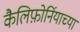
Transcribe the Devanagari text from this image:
कैलिफ़ोर्नियाच्या